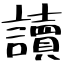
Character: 讀